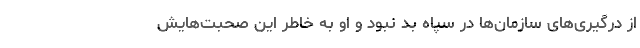
از درگیری‌های سازمان‌ها در سپاه بد نبود و او به خاطر این صحبت‌‌هایش